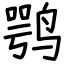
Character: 鹗